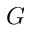
G